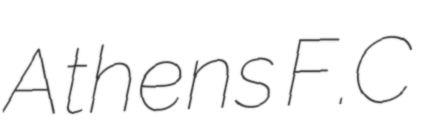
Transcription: Athens F.C